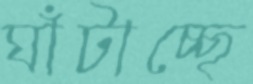
ঘাঁটাচ্ছে